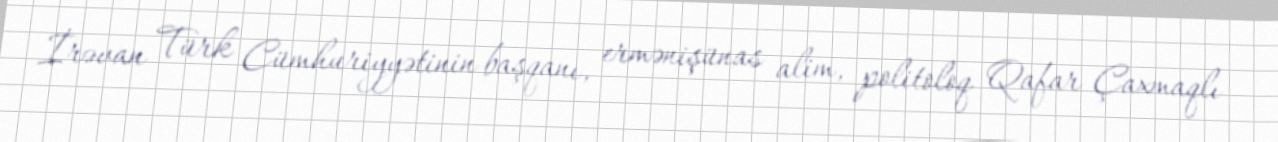
İrəvan Türk Cümhuriyyətinin başqanı, ermənişünas alim, politoloq Qafar Çaxmaqlı